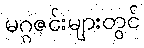
မဂ္ဂဇင်းများတွင်